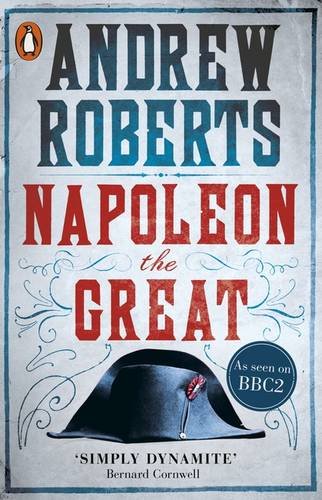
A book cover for Napoleon The Great; Andrew Roberts; History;